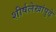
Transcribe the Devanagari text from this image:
शीर्षलेखांपुढे